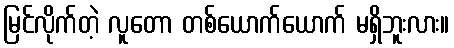
မြင်လိုက်တဲ့ လူတော တစ်ယောက်ယောက် မရှိဘူးလား။